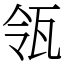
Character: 瓴